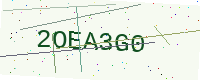
Text: 2OEA3G0